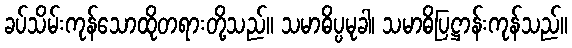
ခပ်သိမ်းကုန်သောထိုတရားတို့သည်။ သမာဓိပ္ပမုခါ၊ သမာဓိပြဋ္ဌာန်းကုန်သည်။